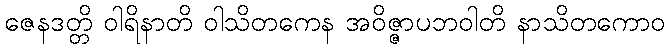
ဇေနဒတ္တိ ဝါရိနာတိ ဝါသိတကေန အဝိဇ္ဇာပဘဝါတိ နာသိတကောဝ